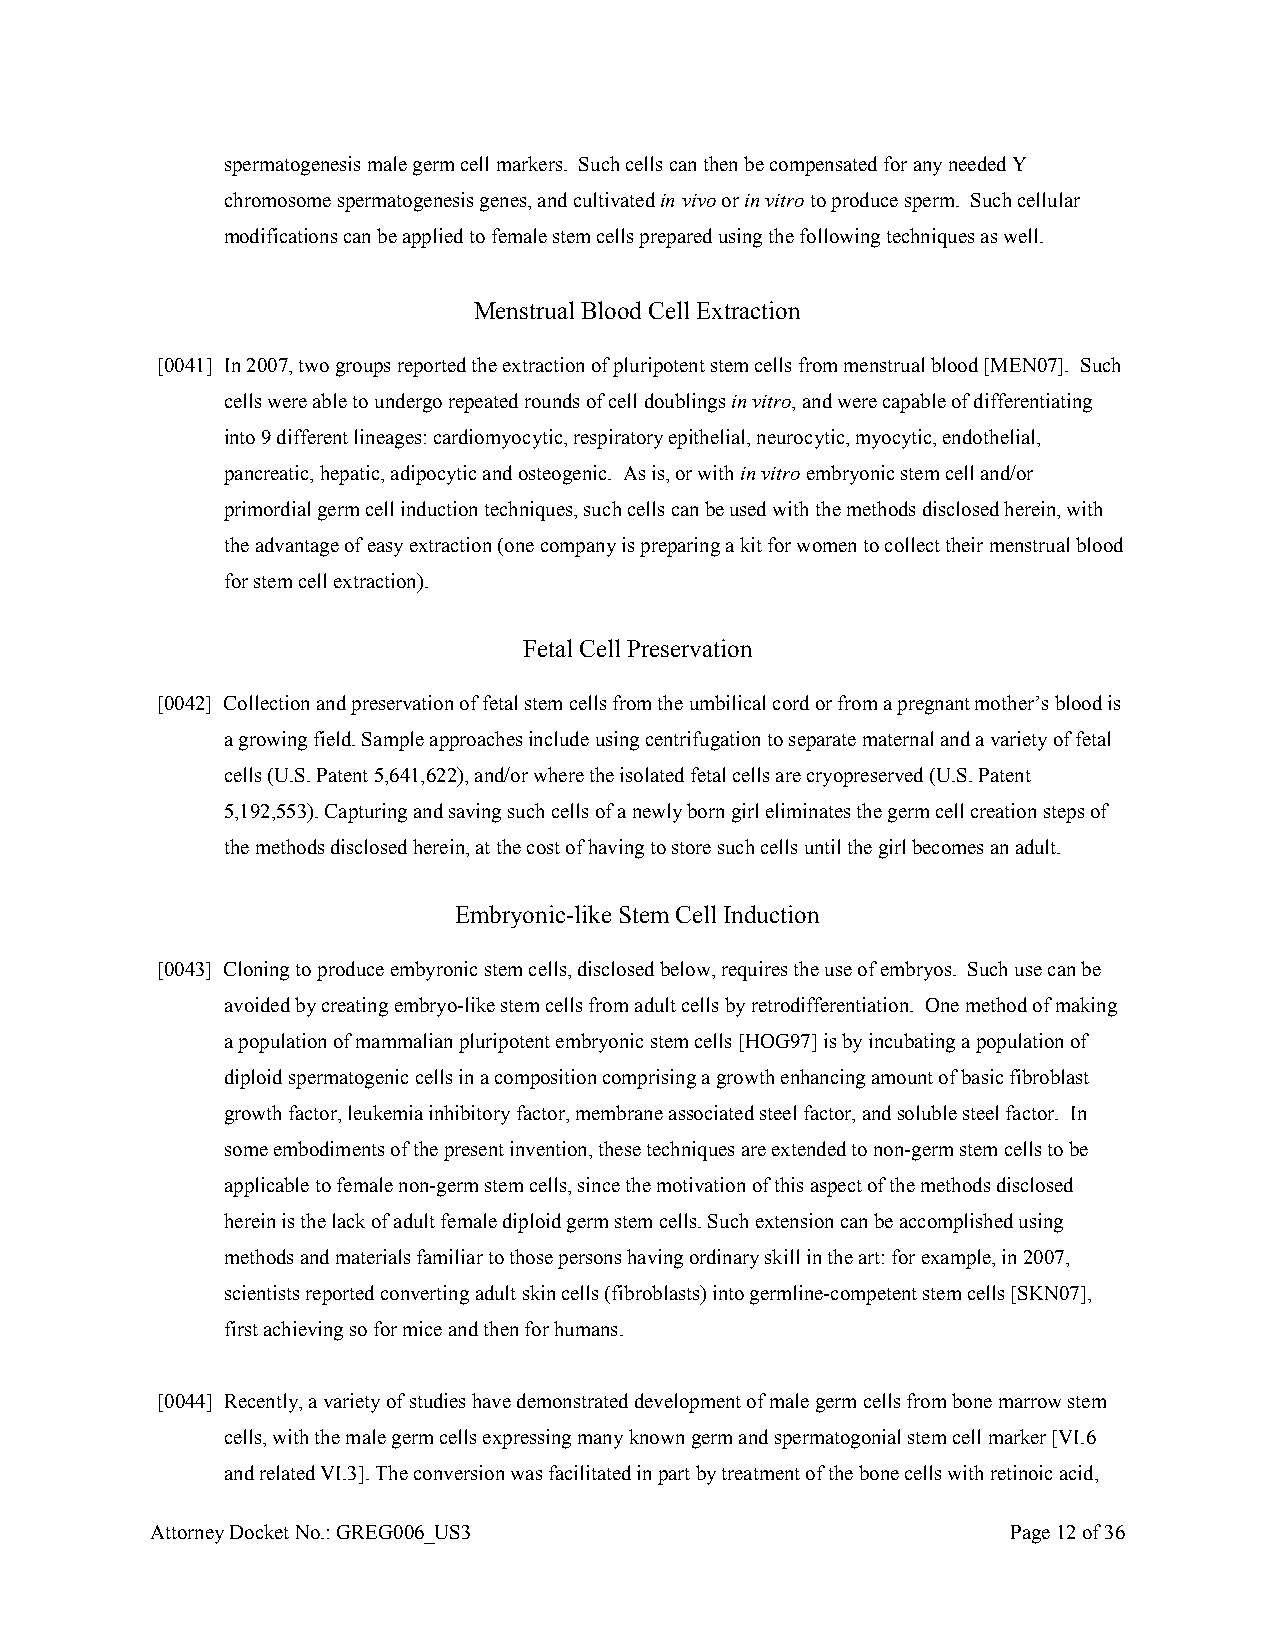
spermatogenesis male germ cell markers. Such cells can then be compensated for any needed Y
 chromosome spermatogenesis genes, and cultivated in vivo or in vitro to produce sperm. Such cellular
 modifications can be applied to female stem cells prepared using the following techniques as well.
 Menstrual Blood Cell Extraction
 [0041] In 2007, two groups reported the extraction of pluripotent stem cells from menstrual blood [MEN07]. Such
 cells were able to undergo repeated rounds of cell doublings in vitro, and were capable of differentiating
 into 9 different lineages: cardiomyocytic, respiratory epithelial, neurocytic, myocytic, endothelial,
 pancreatic, hepatic, adipocytic and osteogenic. As is, or with in vitro embryonic stem cell and/or
 primordial germ cell induction techniques, such cells can be used with the methods disclosed herein, with
 the advantage of easy extraction (one company is preparing a kit for women to collect their menstrual blood
 for stem cell extraction).
 Fetal Cell Preservation
 [0042] Collection and preservation of fetal stem cells from the umbilical cord or from a pregnant mother’s blood is
 a growing field. Sample approaches include using centrifugation to separate maternal and a variety of fetal
 cells (U.S. Patent 5,641,622), and/or where the isolated fetal cells are cryopreserved (U.S. Patent
 5,192,553). Capturing and saving such cells of a newly born girl eliminates the germ cell creation steps of
 the methods disclosed herein, at the cost of having to store such cells until the girl becomes an adult.
 Embryonic-like Stem Cell Induction
 [0043] Cloning to produce embyronic stem cells, disclosed below, requires the use of embryos. Such use can be
 avoided by creating embryo-like stem cells from adult cells by retrodifferentiation. One method of making
 a population of mammalian pluripotent embryonic stem cells [HOG97] is by incubating a population of
 diploid spermatogenic cells in a composition comprising a growth enhancing amount of basic fibroblast
 growth factor, leukemia inhibitory factor, membrane associated steel factor, and soluble steel factor. In
 some embodiments of the present invention, these techniques are extended to non-germ stem cells to be
 applicable to female non-germ stem cells, since the motivation of this aspect of the methods disclosed
 herein is the lack of adult female diploid germ stem cells. Such extension can be accomplished using
 methods and materials familiar to those persons having ordinary skill in the art: for example, in 2007,
 scientists reported converting adult skin cells (fibroblasts) into germline-competent stem cells [SKN07],
 first achieving so for mice and then for humans.
 [0044] Recently, a variety of studies have demonstrated development of male germ cells from bone marrow stem
 cells, with the male germ cells expressing many known germ and spermatogonial stem cell marker [VI.6
 and related VI.3]. The conversion was facilitated in part by treatment of the bone cells with retinoic acid,
 Attorney Docket No.: GREG006_US3                         Page 12 of 36